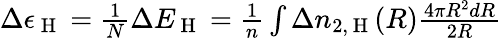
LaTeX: \begin{array}{r}{\Delta\epsilon_{\mathrm{~H~}}=\frac{1}{N}\Delta E_{\mathrm{~H~}}=\frac{1}{n}\int\Delta n_{2,\mathrm{~H~}}(R)\frac{4\pi R^{2}dR}{2R}}\end{array}